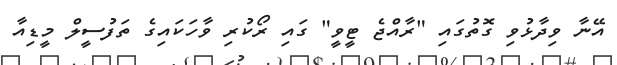
އޭނާ ވިދާޅުވި ގޮތުގައި "ރާއްޖެ ޓީވީ" ގައި ރޯކުރި ވާހަކައިގެ ތަފުސީލް މީޑިއާ